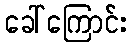
ခေါ်ကြောင်း